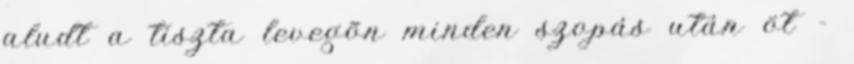
aludt a tiszta levegõn minden szopás után öt -